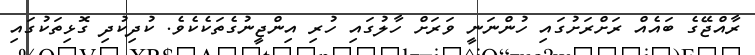
ރާއްޖޭގެ ބައެއް ރަށްރަށުގައި ހުންނަނީ ވަރަށް ހާލުގައި ހުރި އިންޖީނުގެތަކެކެވެ. ކުދިކުދި ގޮޅިތަކުގައި